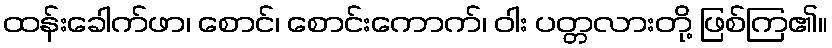
ထန်းခေါက်ဖာ၊ စောင်၊ စောင်းကောက်၊ ဝါး ပတ္တလားတို့ ဖြစ်ကြ၏။